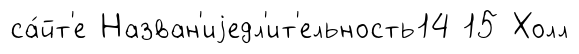
са́йт'е Назван'иjедл'ит'ельность14 15 Холл